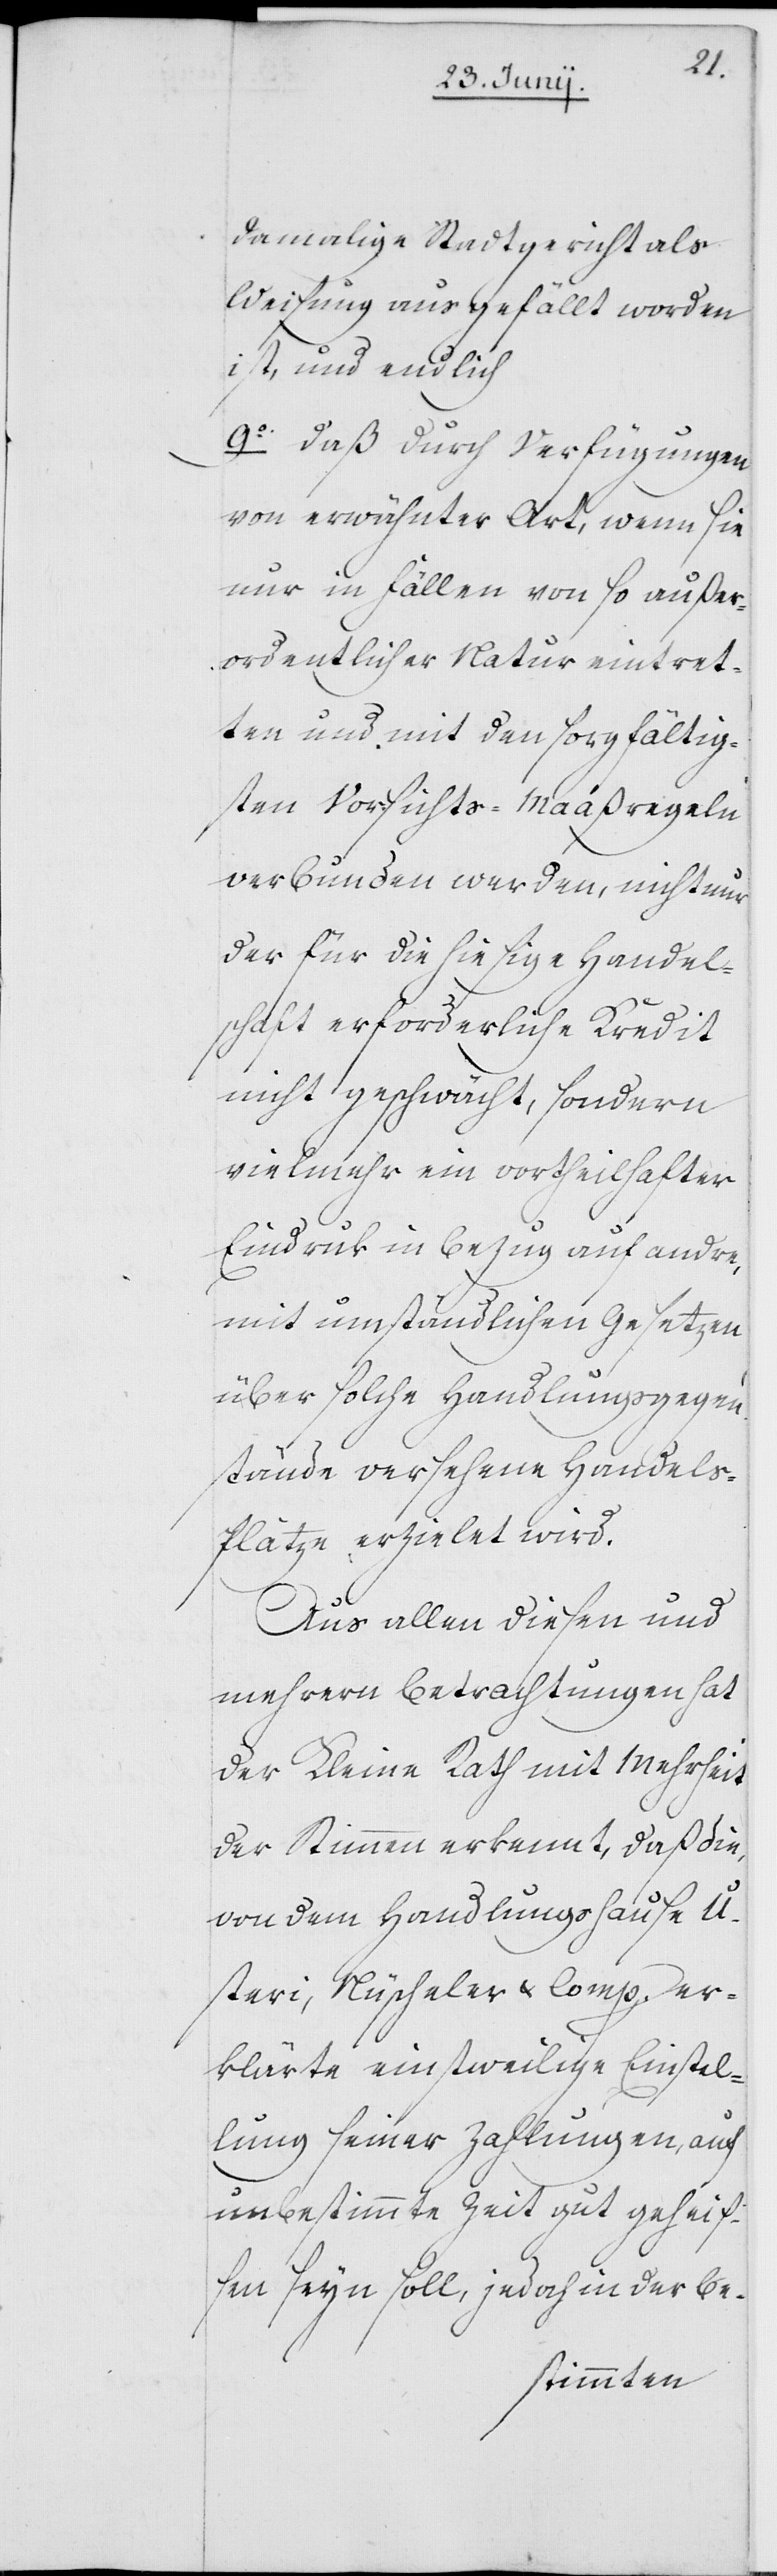
damalige Stadtgericht als
Weisung ausgefällt worden
ist, und endlich
9o daß durch Verfügungen
von erwähnter Art, wenn sie
nur in Fällen von so außer¬
ordentlicher Natur eintret¬
ten und mit den sorgfältig¬
sten Vorsichts-Maaßregeln
verbunden wurden, nicht nur
der für die hiesige Handel¬
schaft erforderliche Kredit
nicht geschwächt, sondern
vielmehr ein vortheilhafter
Eindruk in Bezug auf andre,
mit umständlichen Gesetzen
über solche Handlungsgegen¬
stände versehene Handel¬
s-Plätze erzielet wird.
Aus allen diesen und
mehrern Betrachtungen hat
der Kleine Rath mit Mehrheit
der Stimmen erkennt, daß die,
von dem Handlungshause U¬
steri, Nüscheler & Comp. er¬
klärte einstweilige Einstel¬
lung seiner Zahlungen, auf
unbestimmte Zeit gut geheiß¬
en seyn soll, jedoch in der be-